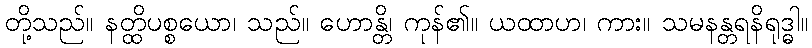
တို့သည်။ နတ္ထိပစ္စယော၊ သည်။ ဟောန္တိ၊ ကုန်၏။ ယထာဟ၊ ကား။ သမနန္တရနိရုဒ္ဓါ။